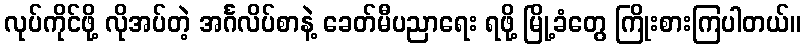
လုပ်ကိုင်ဖို့ လိုအပ်တဲ့ အင်္ဂလိပ်စာနဲ့ ခေတ်မီပညာရေး ရဖို့ မြို့ခံတွေ ကြိုးစားကြပါတယ်။